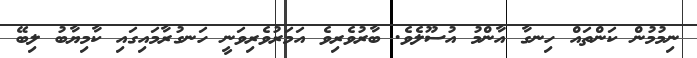
ނިމުމުން ކަންތައް ހިނގާ އާންމު އުސޫލެވެ. ބާރުވެރިވެ އަމަރުވެރިވަނީ ހަނގުރާމައިގައި ކާމިޔާބު ލިބޭ